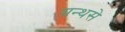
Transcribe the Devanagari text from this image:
ग्रन्थसे